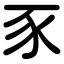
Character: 豕